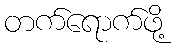
တက်ရောက်ဖို့